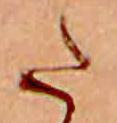
た